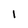
Character: 1